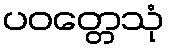
ပဝတ္တေသုံ